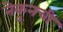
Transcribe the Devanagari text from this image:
नेकुनची